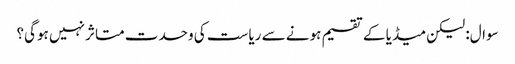
سوال: لیکن میڈیا کے تقسیم ہونے سے ریاست کی وحدت متاثر نہیں ہوگی؟